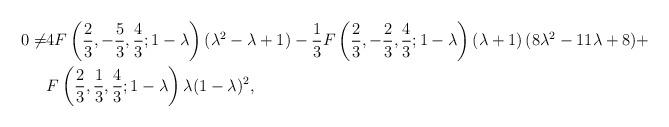
LaTeX: \begin{align*}0\neq &4F\left(\frac{2}{3},-\frac{5}{3},\frac{4}{3};1-\lambda\right)(\lambda^2-\lambda+1)-\frac{1}{3}F\left(\frac{2}{3},-\frac{2}{3},\frac{4}{3};1-\lambda\right)\left(\lambda+1 \right)(8\lambda^2-11\lambda+8)+\\&F\left(\frac{2}{3},\frac{1}{3},\frac{4}{3};1-\lambda\right)\lambda(1-\lambda)^2,\end{align*}